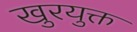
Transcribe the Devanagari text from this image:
खुरयुक्त